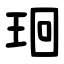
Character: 㻁